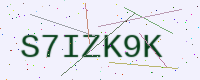
Text: S7IZK9K